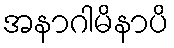
အနာဂါမိနာပိ